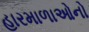
હારમાળાઓનો